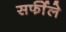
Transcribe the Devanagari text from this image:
सर्फीले